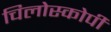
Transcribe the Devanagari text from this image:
चिलोस्कोपी